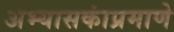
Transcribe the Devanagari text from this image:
अभ्यासकांप्रमाणे